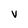
Character: V